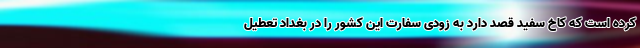
کرده است که کاخ سفید قصد دارد به زودی سفارت این کشور را در بغداد تعطیل